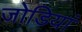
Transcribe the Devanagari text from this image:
जोडियां